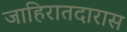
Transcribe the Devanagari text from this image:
जाहिरातदारास